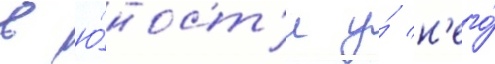
в ю́ност'и у́ н'его́